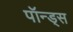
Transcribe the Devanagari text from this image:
पॉन्ड्स